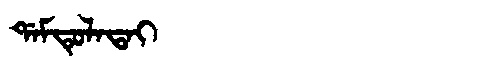
Manchu: ᡩᠠᠮᡨᡠᠯᠠᡨᠠᡳ
Romanization: DAMTULATAI